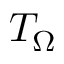
T _ { \Omega }